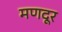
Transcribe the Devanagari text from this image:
मणदूर